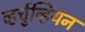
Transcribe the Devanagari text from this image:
व्हर्चुव्हियन